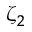
\zeta _ { 2 }